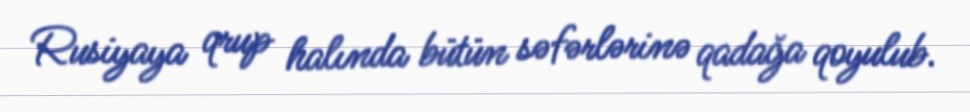
Rusiyaya qrup halında bütün səfərlərinə qadağa qoyulub.